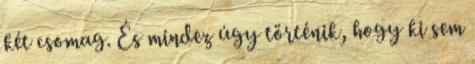
két csomag. És mindez úgy történik, hogy ki sem